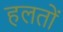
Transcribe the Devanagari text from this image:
हलतों